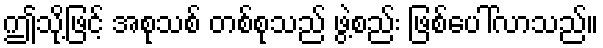
ဤသို့ဖြင့် အစုသစ် တစ်စုသည် ဖွဲ့စည်း ဖြစ်ပေါ်လာသည်။